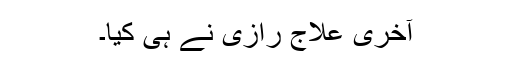
آخری علاج رازیؒ نے ہی کیا۔